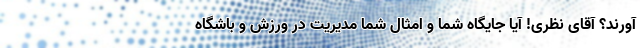
‌آورند؟ آقای نظری! آیا جایگاه شما و امثال شما مدیریت در ورزش و باشگاه